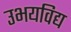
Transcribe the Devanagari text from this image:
उभयविद्य